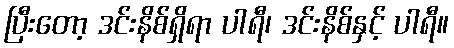
ပြီးတော့ ဒင်းနိစ်ရှိရာ ပါရီ၊ ဒင်းနိစ်နှင့် ပါရီ။